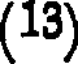
(13)